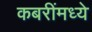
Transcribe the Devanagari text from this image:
कबरींमध्ये